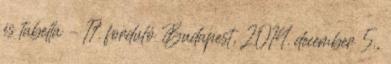
és tabella – 17. forduló Budapest, 2014. december 5.,